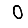
Digit: 0